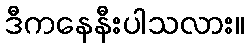
ဒီကနေနီးပါသလား။